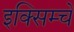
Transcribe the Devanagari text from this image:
इक्सिम्चे